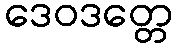
ဒေဝဒတ္တေ